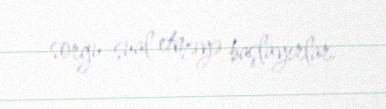
sorğu-sual etməyə başlayırlar.